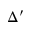
\Delta ^ { \prime }